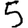
Digit: 5